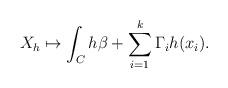
LaTeX: \begin{align*}X_h\mapsto\int_Ch\beta + \sum_{i=1}^k\Gamma_ih(x_i).\end{align*}